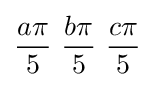
{a\pi  \over 5}\ {b\pi  \over 5}\ {c\pi  \over 5}